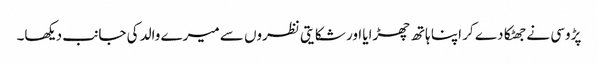
پڑوسی نے جھٹکا دے کر اپنا ہاتھ چھڑایا اور شکایتی نظروں سے میرے والد کی جانب دیکھا۔